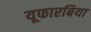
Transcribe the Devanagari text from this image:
यूफारबिया